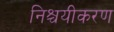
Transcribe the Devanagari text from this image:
निश्चयीकरण